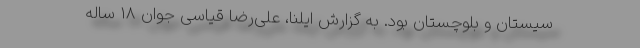
سیستان و بلوچستان بود. به گزارش ایلنا، علی‌رضا قیاسی جوان 18 ساله